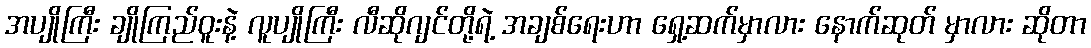
အပျိုကြီး ချိုကြည်ဝူးနဲ့ လူပျိုကြီး လီဆိုဂျင်တို့ရဲ့ အချစ်ရေးဟာ ရှေ့ဆက်မှာလား နောက်ဆုတ် မှာလား ဆိုတာ